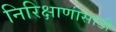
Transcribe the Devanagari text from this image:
निरिक्षाणासाठी